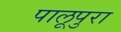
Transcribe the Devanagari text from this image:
पालूपुरा